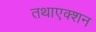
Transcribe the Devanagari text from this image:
तथाएक्शन